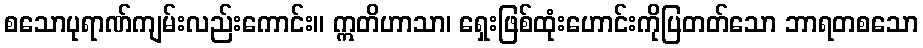
စသောပုရာဏ်ကျမ်းလည်းကောင်း။ ဣတိဟာသာ၊ ရှေးဖြစ်ထုံးဟောင်းကိုပြတတ်သော ဘာရတစသော